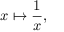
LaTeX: x \mapsto { \frac { 1 } { x } } ,